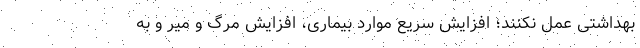
بهداشتی عمل نکنند؛ افزایش سریع موارد بیماری، افزایش مرگ و میر و به